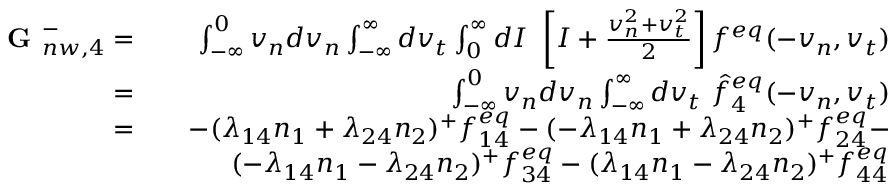
\begin{array} { r l r } { \textbf { G } _ { n w , 4 } ^ { - } = } & { } & { \int _ { - \infty } ^ { 0 } v _ { n } d v _ { n } \int _ { - \infty } ^ { \infty } d v _ { t } \int _ { 0 } ^ { \infty } d I \ \left[ I + \frac { v _ { n } ^ { 2 } + v _ { t } ^ { 2 } } { 2 } \right] f ^ { e q } ( - v _ { n } , v _ { t } ) } \\ { = } & { } & { \int _ { - \infty } ^ { 0 } v _ { n } d v _ { n } \int _ { - \infty } ^ { \infty } d v _ { t } \ \hat { f } _ { 4 } ^ { e q } ( - v _ { n } , v _ { t } ) } \\ { = } & { } & { - ( \lambda _ { 1 4 } n _ { 1 } + \lambda _ { 2 4 } n _ { 2 } ) ^ { + } f _ { 1 4 } ^ { e q } - ( - \lambda _ { 1 4 } n _ { 1 } + \lambda _ { 2 4 } n _ { 2 } ) ^ { + } f _ { 2 4 } ^ { e q } - } \\ & { } & { ( - \lambda _ { 1 4 } n _ { 1 } - \lambda _ { 2 4 } n _ { 2 } ) ^ { + } f _ { 3 4 } ^ { e q } - ( \lambda _ { 1 4 } n _ { 1 } - \lambda _ { 2 4 } n _ { 2 } ) ^ { + } f _ { 4 4 } ^ { e q } } \end{array}